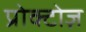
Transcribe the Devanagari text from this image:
प्रोक्टोज़